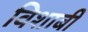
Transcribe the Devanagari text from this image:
विशाबी